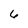
Character: 6